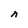
Character: n